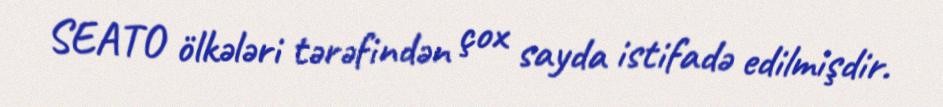
SEATO ölkələri tərəfindən çox sayda istifadə edilmişdir.